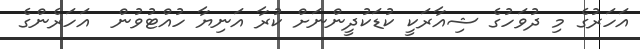
އަހަރުގެ މި ދުވަހުގެ ޝިއާރަކީ ކުޑަކުދީންނަށް ކުރާ އަނިޔާ ހުއްޓުވުން  އަހަރެންގެ